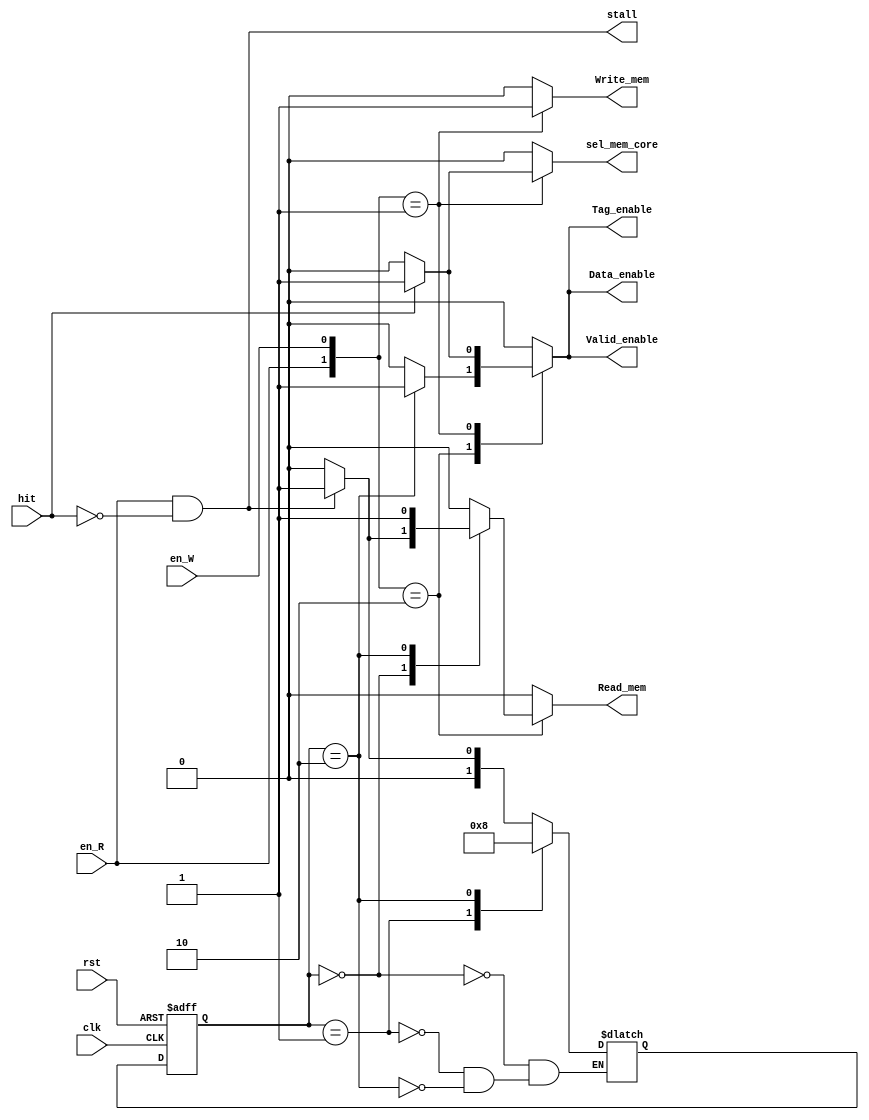
// Cache Control

module Cache_Control ( 
					   clk,
					   rst,
					   // input
					   en_R,
					   en_W,
					   hit,
					   // output
					   Read_mem,
					   Write_mem,
					   Valid_enable,
					   Tag_enable,
					   Data_enable,
					   sel_mem_core,
					   stall
					   );
	
	input clk, rst;
	input en_R;
	input en_W;
    input hit;
	
	output Read_mem;
	output Write_mem;
	output Valid_enable;
	output Tag_enable;
	output Data_enable;
	output sel_mem_core;		// 0 data from mem, 1 data from core
	output stall;
	reg Read_mem;
	reg Write_mem;
	reg Valid_enable;
	reg Tag_enable;
	reg Data_enable;
	reg sel_mem_core;
	reg stall;	
	
	parameter Read_mode	 = 2'b10,
			  Write_mode = 2'b01;
	
	// read state
	parameter R_Idle		 = 0,
			  R_wait		 = 1,
			  R_Read_Memory	 = 2;
	
	reg [1:0] cur_R_state;
	reg [1:0] nxt_R_state;
	
	wire Read_Miss;
	assign Read_Miss = (en_R && !hit);/*please fill here*/
	
	// write state
	parameter Write_Miss = 0,
			  Write_Hit	 = 1;
	
	// FSM circuit
	always @ (*) begin
		// if read miss, to R_Read_Memory state
		case (cur_R_state)
		R_Idle			 : nxt_R_state = Read_Miss ?
										 R_wait : R_Idle;
		R_wait			 : nxt_R_state = R_Read_Memory;
		R_Read_Memory	 : nxt_R_state = R_Idle;
		endcase
	end
	
	// main circuit
	always @ (*) begin
		Read_mem	 = 0;
		Write_mem	 = 0;
		Valid_enable = 0;
		Tag_enable	 = 0;
		Data_enable	 = 0;
		sel_mem_core = 0; //default is 0 ; select data from memory
		
		// when read miss, stall cpu
		stall = Read_Miss;
		
		// Read Write Control
		case ({en_R,en_W})
		Read_mode: begin // read
			case (cur_R_state)
			R_Idle : begin
				/*please fill here*/
				/*----------------*/

						Read_mem	 = Read_Miss?1:0;
						Write_mem	 = 0;
						Valid_enable = 0;
						Tag_enable	 = 0;
						Data_enable	 = 0;
						sel_mem_core = 0; //default is 0 ; select data from memory
						
				
				
				/*----------------*/  // need data from memory when read miss
			end
			//R_wait : //do nothing, just wait;
		    R_Read_Memory: begin //
				/*please fill here*/
				/*----------------*/

						Read_mem	 = 1;
						Write_mem	 = 0;
						Valid_enable = 1;
						Tag_enable	 = 1;
						Data_enable	 = 1;
						sel_mem_core = 0; //default is 0 ; select data from memory
						// 0 data from mem, 1 data from core

				
				/*----------------*/  //need to replace cacheline by data from memory (write cacheline)
			end
			endcase
		end
		Write_mode	 : begin // write
			Write_mem	 = 1;
			case (hit)
			//Write_Miss	 : ;
		    Write_Hit	 : begin 
				/*please fill here*/
				/*----------------*/


						Read_mem	 = 0;
						Write_mem	 = 1;
						Valid_enable = 1;
						Tag_enable	 = 1;
						Data_enable	 = 1;
						sel_mem_core = 1; //default is 0 ; select data from memory
						// 0 data from mem, 1 data from core

				
				
				
				/*----------------*/  //just write data into cache & decide(select) what to write 
			end
			endcase
		end
		endcase
	end
	
	always @ (posedge clk or posedge rst) begin
		if (rst) begin
			cur_R_state <= R_Idle;
		end
		else begin
			cur_R_state <= nxt_R_state;	
		end
	end
	
endmodule